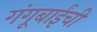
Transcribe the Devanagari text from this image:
गंगूबाईंची